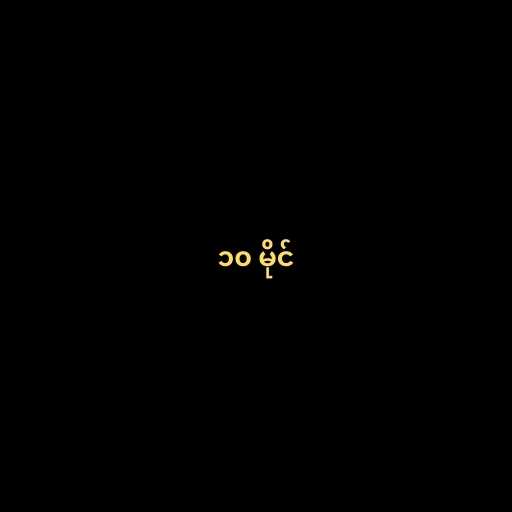
၁၀ မိုင်